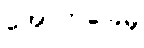
အောက်ခြေမှ